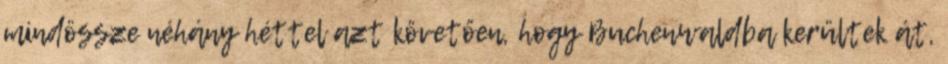
mindössze néhány héttel azt követően, hogy Buchenwaldba kerültek át,